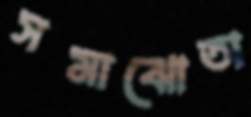
সমাঝোতা